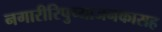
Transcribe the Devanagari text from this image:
नगारीरिपुच्याजनकासह